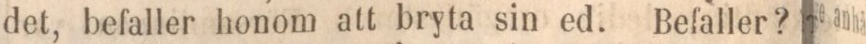
det, befaller honom att bryta sin ed. Befaller?